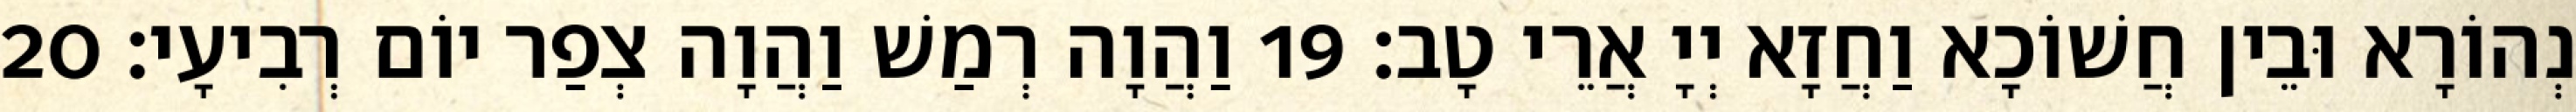
נְהוֹרָא וּבֵין חֲשׁוֹכָא וַחֲזָא יְיָ אֲרֵי טָב׃ 19 וַהֲוָה רְמַשׁ וַהֲוָה צְפַר יוֹם רְבִיעָי׃ 20